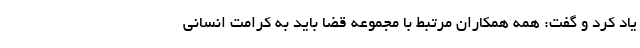
یاد کرد و گفت: همه همکاران مرتبط با مجموعه قضا باید به کرامت انسانی